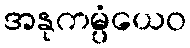
အနုကမ္ပံယေဝ